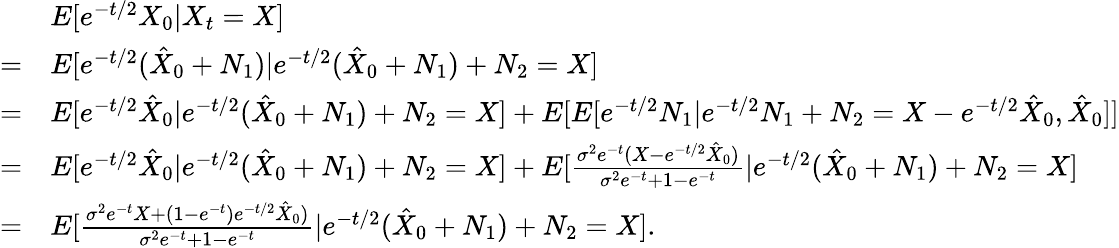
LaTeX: \begin{array}{rl}&{E[e^{-t/2}X_{0}|X_{t}=X]}\\ {=}&{E[e^{-t/2}(\hat{X}_{0}+N_{1})|e^{-t/2}(\hat{X}_{0}+N_{1})+N_{2}=X]}\\ {=}&{E[e^{-t/2}\hat{X}_{0}|e^{-t/2}(\hat{X}_{0}+N_{1})+N_{2}=X]+E[E[e^{-t/2}N_{1}|e^{-t/2}N_{1}+N_{2}=X-e^{-t/2}\hat{X}_{0},\hat{X}_{0}]]}\\ {=}&{E[e^{-t/2}\hat{X}_{0}|e^{-t/2}(\hat{X}_{0}+N_{1})+N_{2}=X]+E[\frac{\sigma^{2}e^{-t}(X-e^{-t/2}\hat{X}_{0})}{\sigma^{2}e^{-t}+1-e^{-t}}|e^{-t/2}(\hat{X}_{0}+N_{1})+N_{2}=X]}\\ {=}&{E[\frac{\sigma^{2}e^{-t}X+(1-e^{-t})e^{-t/2}\hat{X}_{0})}{\sigma^{2}e^{-t}+1-e^{-t}}|e^{-t/2}(\hat{X}_{0}+N_{1})+N_{2}=X].}\end{array}